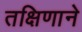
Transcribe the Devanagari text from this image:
तक्षिणाने